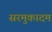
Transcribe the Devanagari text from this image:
सरमुकादम